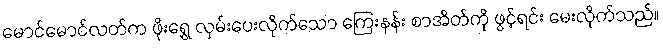
မောင်မောင်လတ်က ဖိုးရွှေ လှမ်းပေးလိုက်သော ကြေးနန်း စာအိတ်ကို ဖွင့်ရင်း မေးလိုက်သည်။